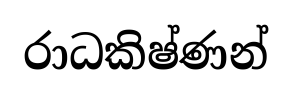
රාධකිෂ්ණන්